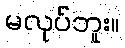
မလုပ်ဘူး။